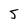
Character: 5